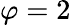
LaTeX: \varphi=2